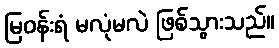
မြဝန်းရံ မလုံမလဲ ဖြစ်သွားသည်။